Trukikaitis_Postimees, lk 132
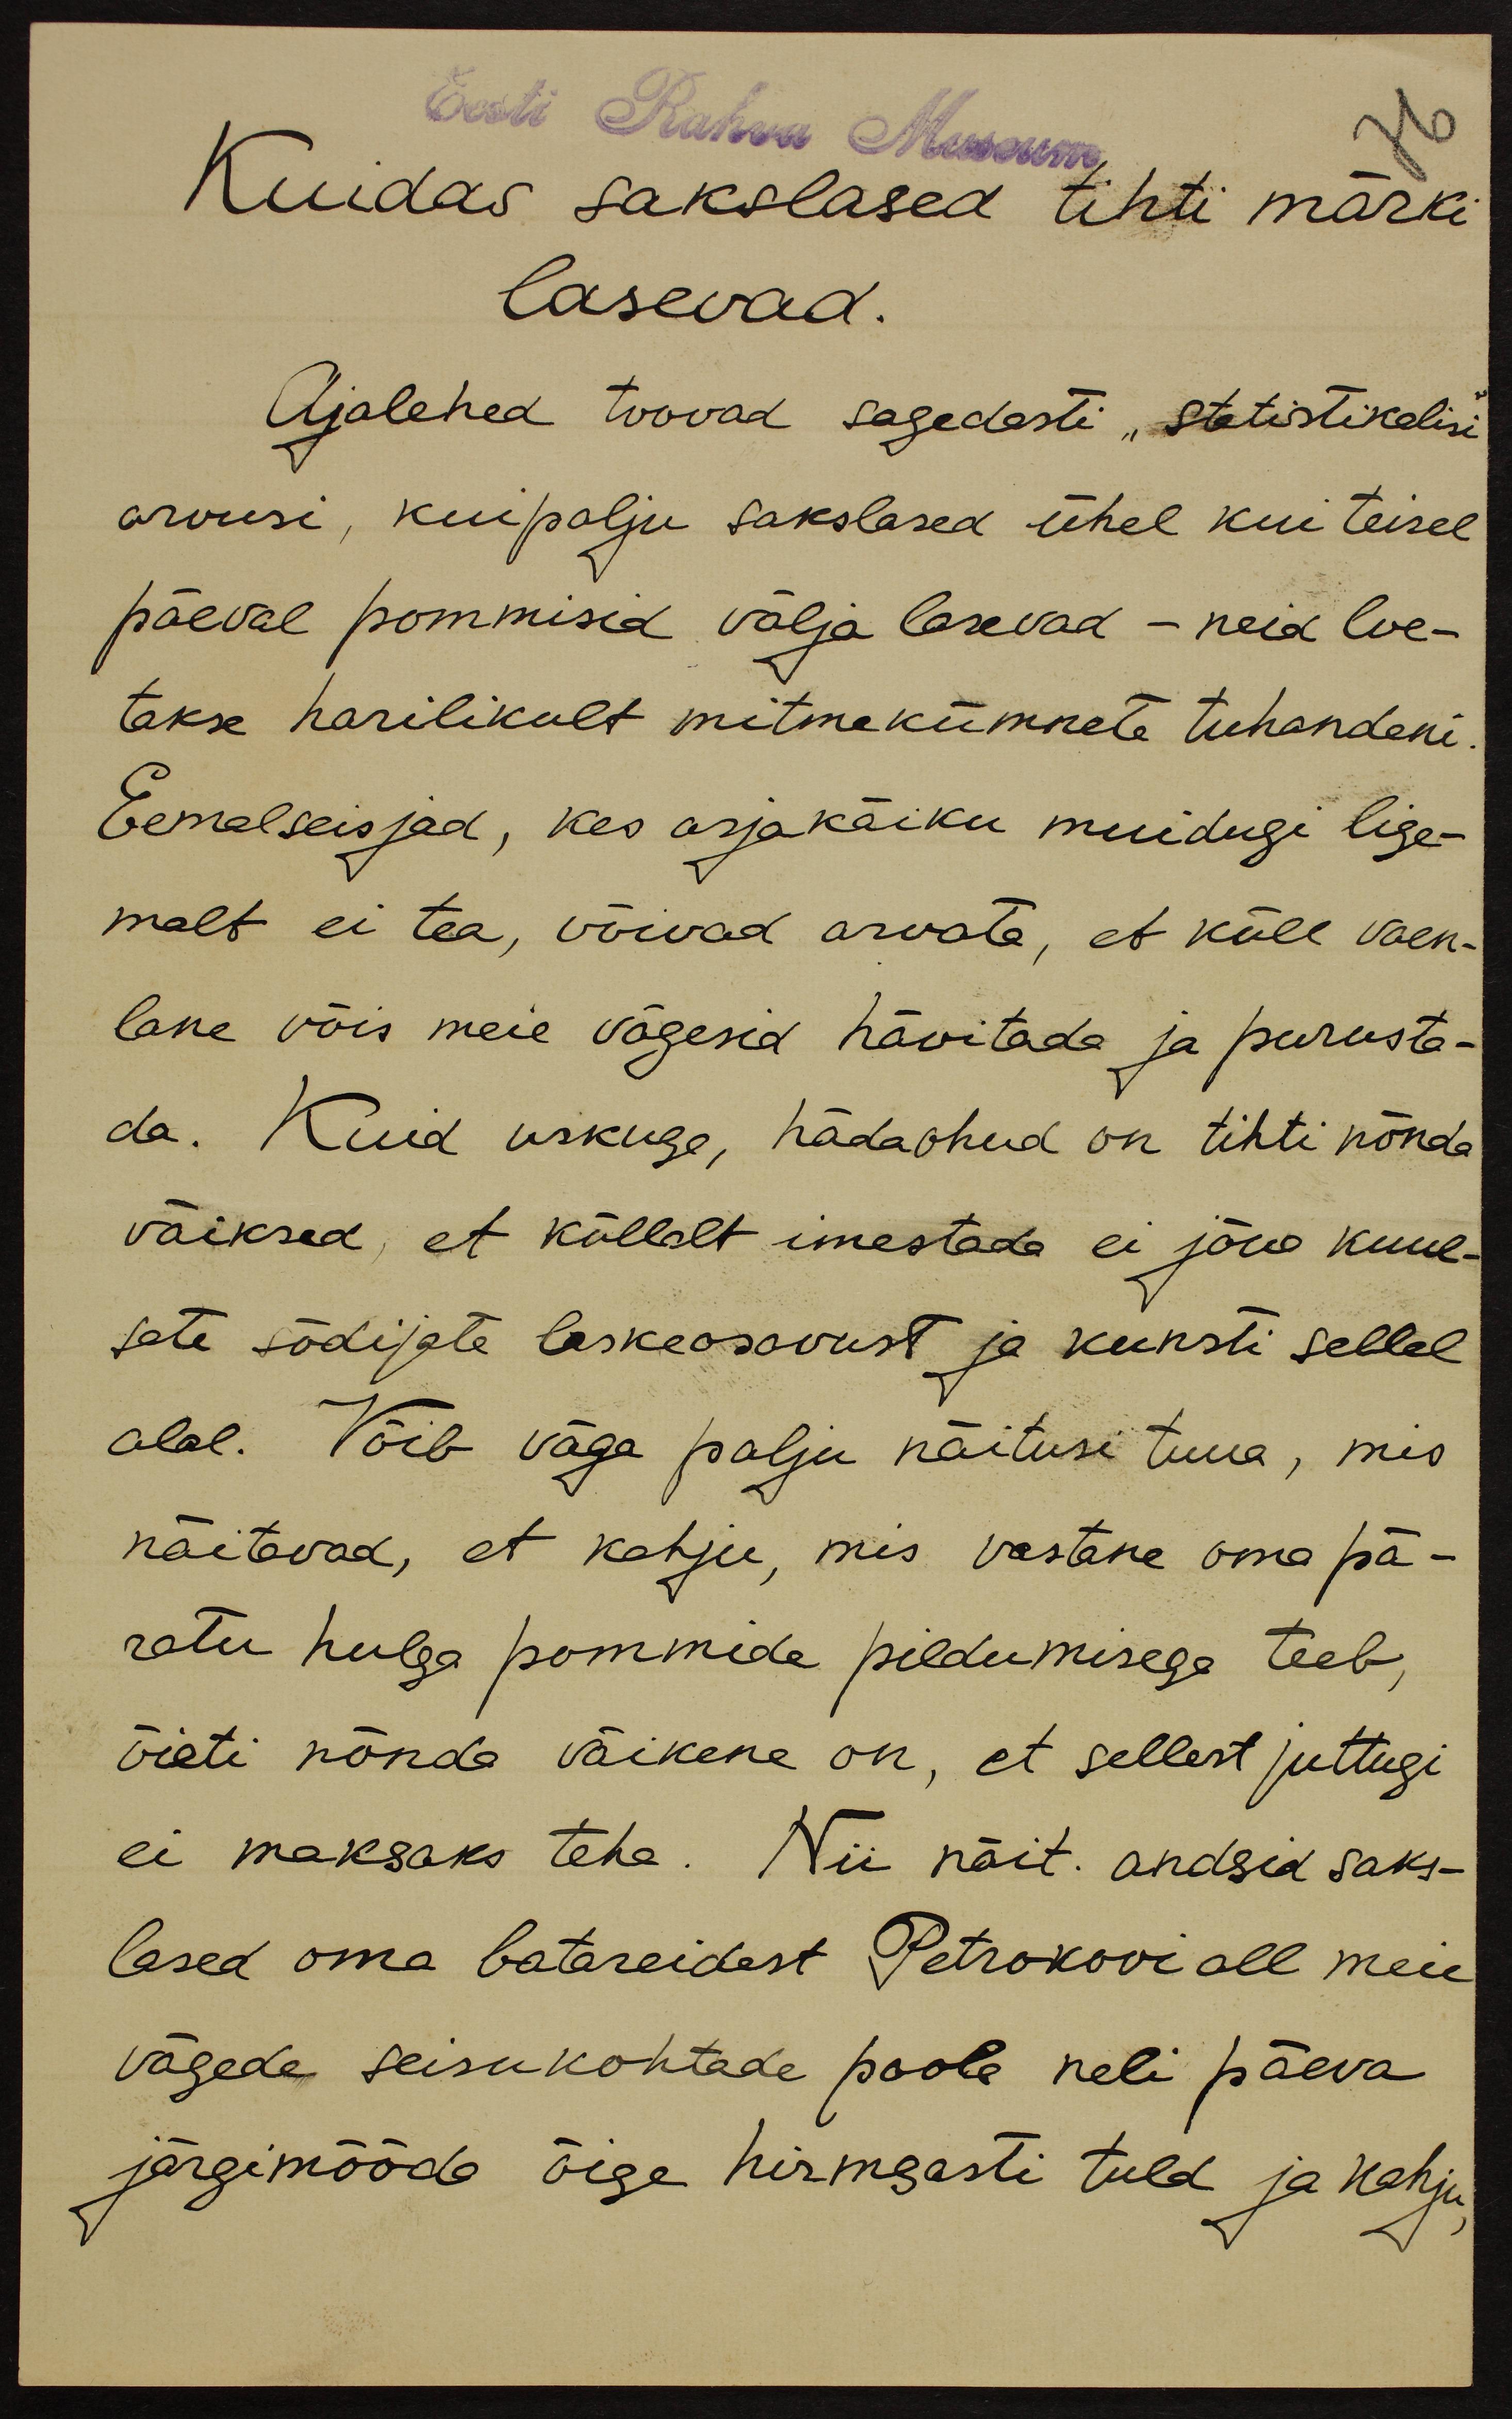
Eest Rahva Museum
Kuidas sakslased tihti märki
lasevad.
Ajalehed toovad sagedasti "statistikalisi"
arvusi, kui palju sakslased ühel kui teisel
päeval pommisid välja lasevad - neid loe-
takse harilikult mitmekümnete tuhandeni.
Eemalseisjad, kes asja käiku muidugi lige-
malt ei tea, võivad arvata, et küll vaen-
lane võis meie vägesid hävitada ja purusta-
da. Kuid uskuge, hädaohud on tihti nõnda
väiksed, et küllalt imestada ei jõua kuul-
sate sõdijate laskeosavust ja kunsti sellel
alal. Võib väga palju näitusi tuua, mis
näitavad, et kahju, mis vastane oma pä-
ratu hulga pommide pildumisega teeb,
õieti nõnda väikene on, et sellest juttugi
ei maksaks teha. Nii näit. andsid saks-
lased oma batareidest Petrokovi all meie
vägede seisukohtade poole neli päeva
järgimööda õige hirmsasti tuld ja kahju